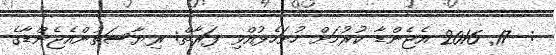
:  17